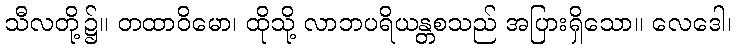
သီလတို့၌။ တထာဝိမော၊ ထိုသို့ လာဘပရိယန္တစသည် အပြားရှိသော။ လေဒေါ၊